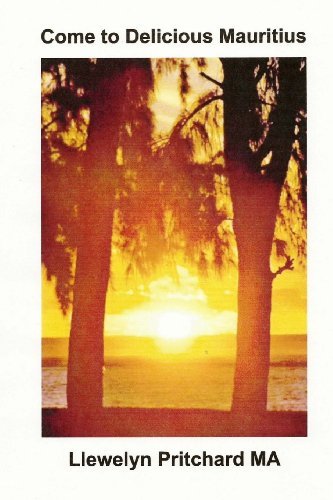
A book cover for Come to Delicious Mauritius: Relax and unwind (Argazki Albumak) (Basa Edition); Llewelyn Pritchard MA; Travel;